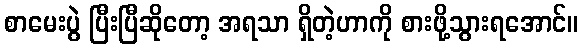
စာမေးပွဲ ပြီးပြီဆိုတော့ အရသာ ရှိတဲ့ဟာကို စားဖို့သွားရအောင်။